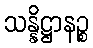
သန္နိဋ္ဌာနဉ္စ